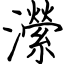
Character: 瀠